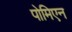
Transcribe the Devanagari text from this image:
पोमिएन